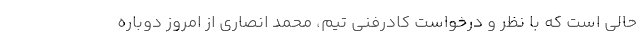
حالی است که با نظر و درخواست کادرفنی تیم، محمد انصاری از امروز دوباره